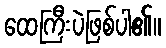
ထေကြီးပဲဖြစ်ပါ၏။